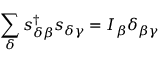
\sum _ { \delta } s _ { \delta \beta } ^ { \dagger } s _ { \delta \gamma } = I _ { \beta } \delta _ { \beta \gamma }